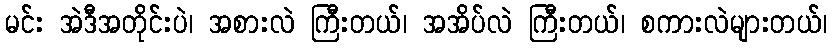
မင်း အဲဒီအတိုင်းပဲ၊ အစားလဲ ကြီးတယ်၊ အအိပ်လဲ ကြီးတယ်၊ စကားလဲများတယ်၊